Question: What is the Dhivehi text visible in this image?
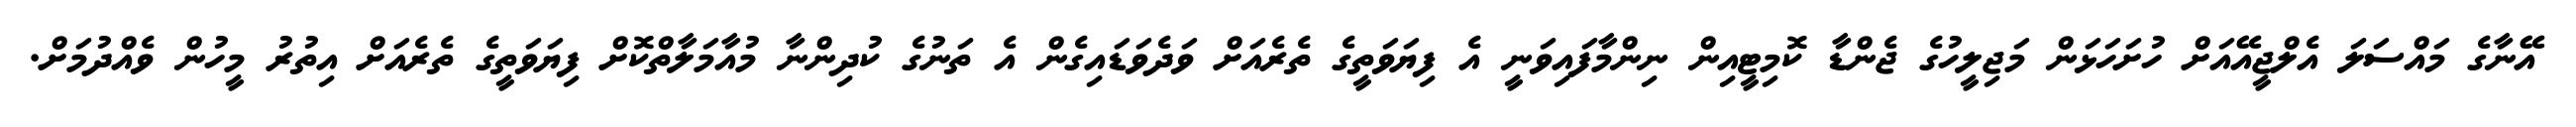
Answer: އޭނާގެ މައްސަލަ އެލްޖީއޭއަށް ހުށަހަޅަން މަޖިލީހުގެ ޖެންޑާ ކޮމިޓީއިން ނިންމާފައިވަނީ އެ ފިޔަވަތީގެ ތެރެއަށް ވަދެވަޑައިގެން އެ ތަނުގެ ކުދިންނާ މުއާމަލާތްކޮށް ފިޔަވަތީގެ ތެރެއަށް އިތުރު މީހުން ވެއްދުމަށް.